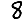
Digit: 8